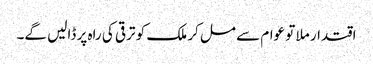
اقتدار ملا تو عوام سے مل کر ملک کو ترقی کی راہ پر ڈالیں گے۔